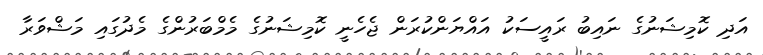
އަދި ކޮމިޝަނުގެ ނައިބު ރައީސަކު އައްޔަންކުރަން ޖެހެނީ ކޮމިޝަނުގެ މެމްބަރުންގެ މެދުގައި މަޝްވަރާ